Madras plague regulations and rules - Volume 2
Disease focus: Plague
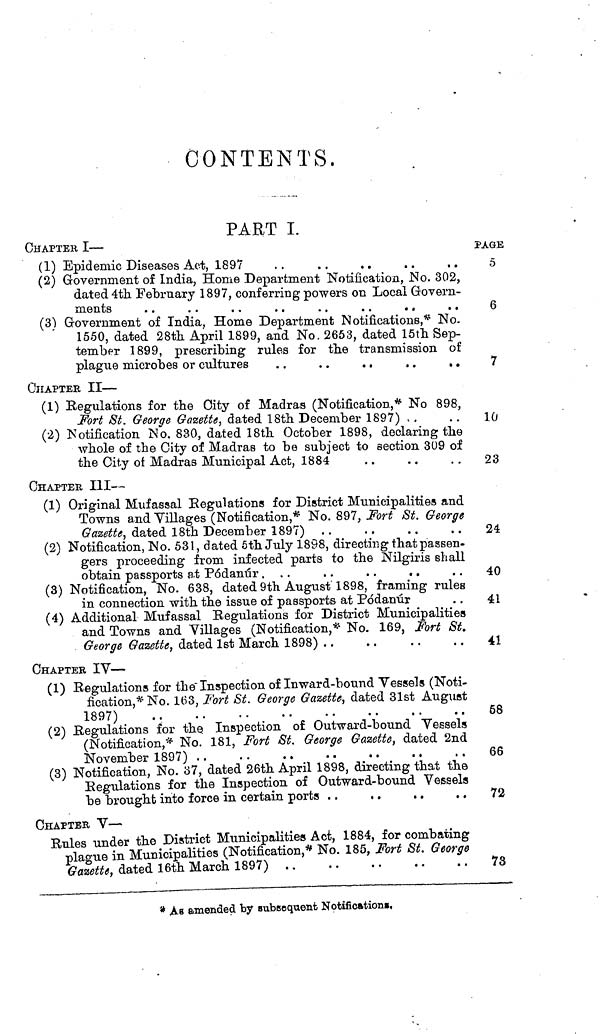
CONTENTS.
PART I.
CHAPTER I —
(1) Epidemic Diseases Act, 1897
(2) Government of India, Home Department Notification, No. 302,
dated 4th February 1897, conferring powers on Local Govern-
ments
(3) Government of India, Home Department Notifications,* No.
1550, dated 28th April 1899, and No. 2653, dated 15th Sep-
tember 1899, prescribing rules for the transmission of
plague microbes or cultures
. .
. .
. .
. .
. .
CHAPTER II —
(1) Regulations for the City of Madras (Notification,* No 898,
Fort St. George Gazette, dated 18th December 1897) - .
(2) Notification No, 830, dated 18th October 1898, declaring the
whole of the City of Madras to be subject to section 309 of
the City of Madras Municipal Act, 1884
CHAPTER III --
(1) Original Mufassal Regulations for District Municipalities and
Towns and Villages (Notification,* No. 897, Fort St. George
Gazette, dated 18th December 1897)
(2) Notification, No. 531, dated 5th July 1898, directing that passen-
gers proceeding from infected parts to the Nilgiris shall
obtain passports at Pódanúr ...
. .
. .
. .
(3) Notification, No. 638, dated 9th August 1898, framing rules
in connection with the issue of passports at Pódanúr
(4) Additional Mufassal Regulations for District Municipalities
and Towns and Villages (Notification,* No. 169, Fort St.
George Gazette, dated 1st March 1898)
CHAPTER IV —
(1) Regulations for the" Inspection of Inward-bound Vessels (Noti-
fication,* No. 163, Fort St. George Gazette, dated 31st August
1897)
(2) Regulations for the Inspection of Outward-bound Vessels
(Notification,* No. 181, Fort St. George Gazette, dated 2nd
November 1897)
(3) Notification, No. 37, dated 26th April 1898, directing that the
Regulations for the Inspection of Outward-bound Vessels
be brought into force in certain ports
CHAPTER V —
Rules under the District Municipalities Act, 1884, for combating
plague in Municipalities (Notification,* No. 185, Fort St. George
Gazette, dated 16th March 1897) . .
PAGE
5
6
7
10
23
24
40
41
41
68
66
72
73
* As amended by subsequent Notifications